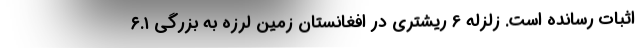
اثبات رسانده است. زلزله 6 ریشتری در افغانستان زمین لرزه به بزرگی ۶.۱